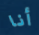
أنا